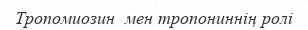
Тропомиозин  мен тропониннің ролі